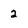
Character: 2